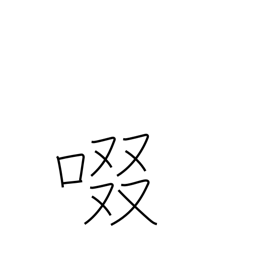
Meaning: suck